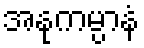
အနုကမ္ပာနံ